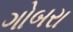
ગોબરા